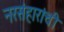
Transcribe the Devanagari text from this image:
नरसंहारांची